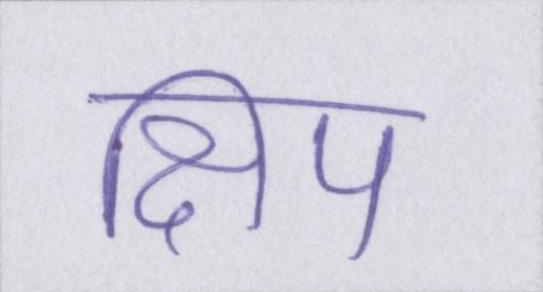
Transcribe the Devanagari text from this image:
क्षिप